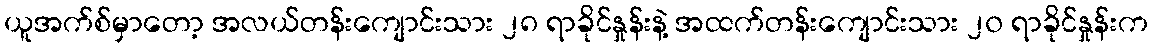
ယူအက်စ်မှာတော့ အလယ်တန်းကျောင်းသား ၂၈ ရာခိုင်နှုန်းနဲ့ အထက်တန်းကျောင်းသား ၂၀ ရာခိုင်နှုန်းက